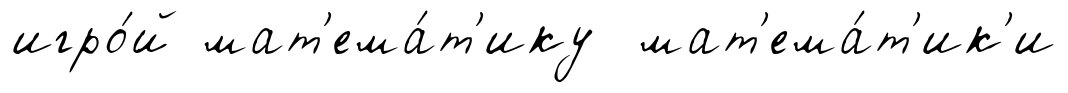
игро́й мат'ема́т'ику мат'ема́т'ик'и